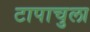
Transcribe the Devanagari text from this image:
टापाचुला